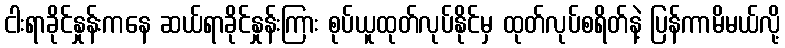
ငါးရာခိုင်နှုန်းကနေ ဆယ်ရာခိုင်နှုန်းကြား စုပ်ယူထုတ်လုပ်နိုင်မှ ထုတ်လုပ်စရိတ်နဲ့ ပြန်ကာမိမယ်လို့